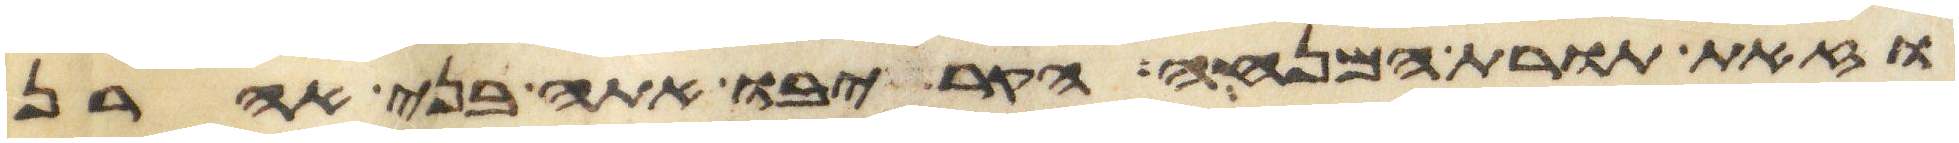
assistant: וזאת תורת המנחה הקריבו אתה בני אהרן